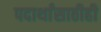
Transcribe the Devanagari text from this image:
पदार्थांसाठीही